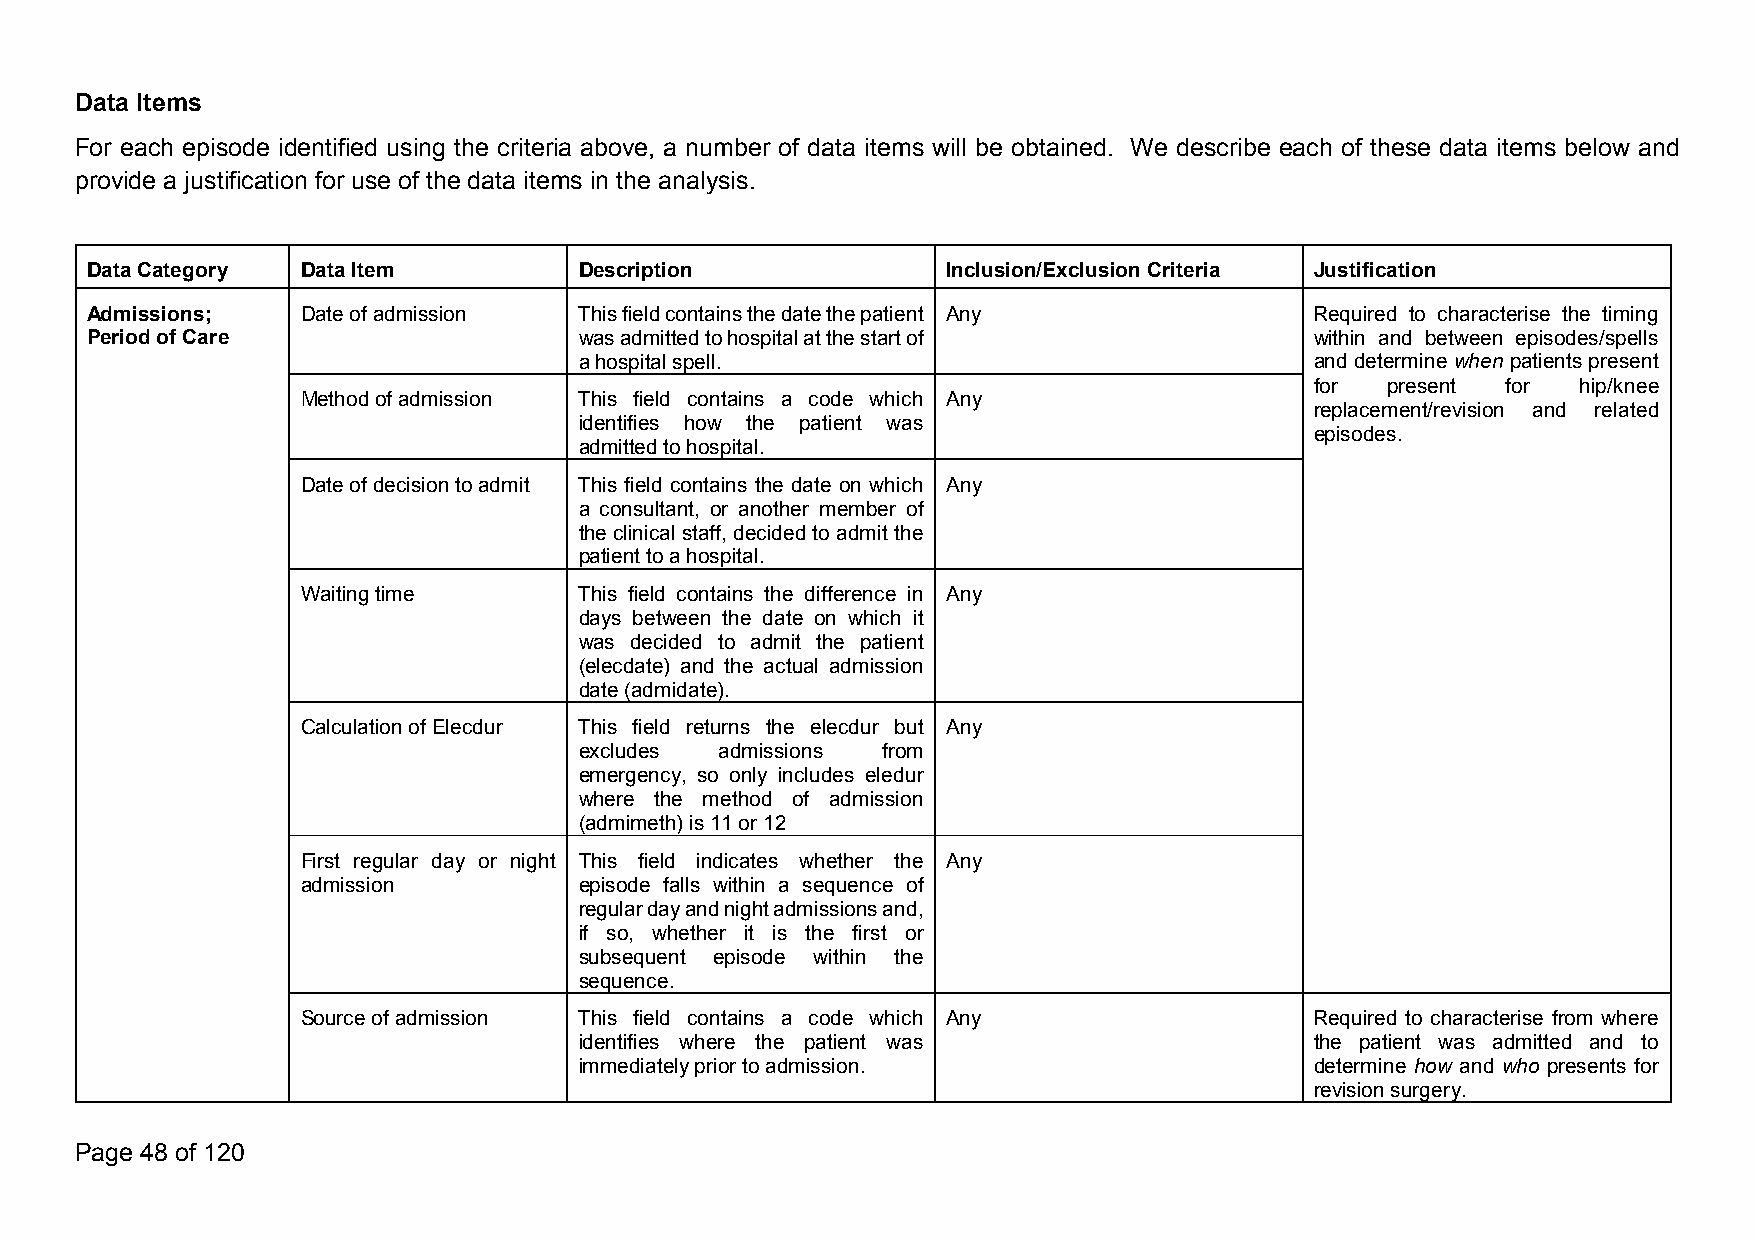
Data Items
 For each episode identified using the criteria above, a number of data items will be obtained. We describe each of these data items below and
 provide a justification for use of the data items in the analysis.
 DataCategory  DataItem          Description              Inclusion/ExclusionCriteria Justification
 Admissions;   Dateofadmission   Thisfieldcontainsthedatethepatient Any           Required to characterise the timing
 PeriodofCare                    wasadmittedtohospitalatthestartof                within and between episodes/spells
 ahospitalspell.                                  and determinewhen patients present
 for  present for  hip/knee
 Methodofadmission This field contains a code which Any
 replacement/revision and related
 identifies how the patient was
 episodes.
 admittedtohospital.
 Dateofdecisiontoadmit This field contains the date on which Any
 a consultant, or another member of
 theclinical staff,decidedto admitthe
 patienttoahospital.
 Waitingtime       This field contains the difference in Any
 days between the date on which it
 was decided to admit the patient
 (elecdate) and the actual admission
 date(admidate).
 CalculationofElecdur This field returns the elecdur but Any
 excludes  admissions from
 emergency, so only includes eledur
 where the method of admission
 (admimeth)is11or12
 First regular day or night This field indicates whether the Any
 admission         episode falls within a sequence of
 regulardayandnightadmissionsand,
 if so, whether it is the first or
 subsequent episode within the
 sequence.
 Sourceofadmission This field contains a code which Any             Required to characterise from where
 identifies where the patient was                 the patient was admitted and to
 immediatelypriortoadmission.                     determine how and who presents for
 revisionsurgery.
 Page 48 of 120